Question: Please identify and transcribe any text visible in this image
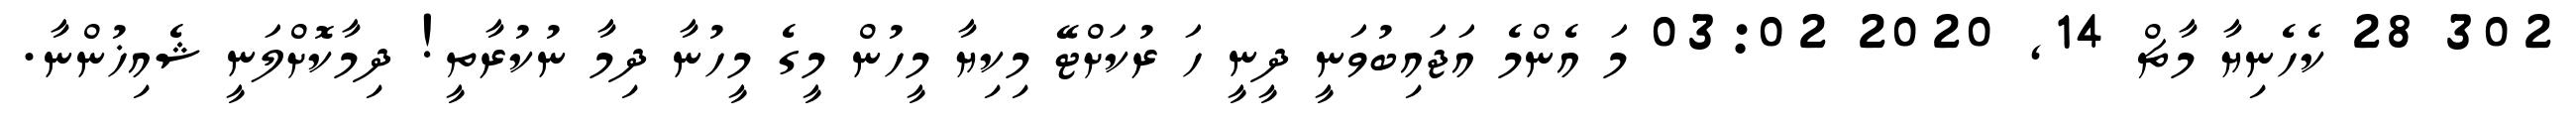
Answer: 302 28 ކެހެނިޔާ މާޗް 14, 2020 03:02 މަ އެންމެ އަޖައިބުވަނީ ދީނީ ހަ ރުކަށްޓޭ މިކިޔާ މީހުން މީގެ މީހުނާ ދިމާ ނުކުރާތީ! ދިމާކޮށްލަނީ ޝެއިޚުންނާ.